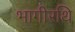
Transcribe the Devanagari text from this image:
भागीरथि